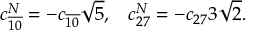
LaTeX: c _ { \overline { { { 1 0 } } } } ^ { N } = - c _ { \overline { { { 1 0 } } } } \sqrt { 5 } , \; \; \; c _ { 2 7 } ^ { N } = - c _ { 2 7 } 3 \sqrt { 2 } .